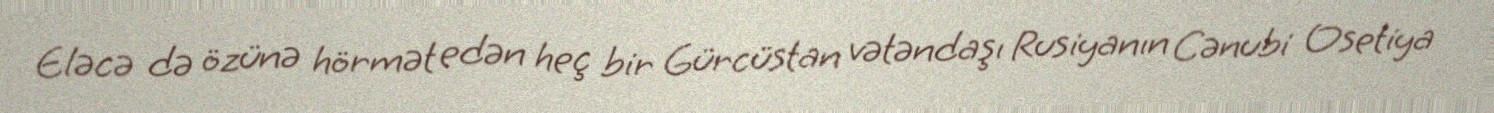
Eləcə də özünə hörmət edən heç bir Gürcüstan vətəndaşı Rusiyanın Cənubi Osetiya